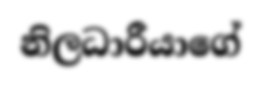
නිලධාරීයාගේ